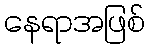
နေရာအဖြစ်